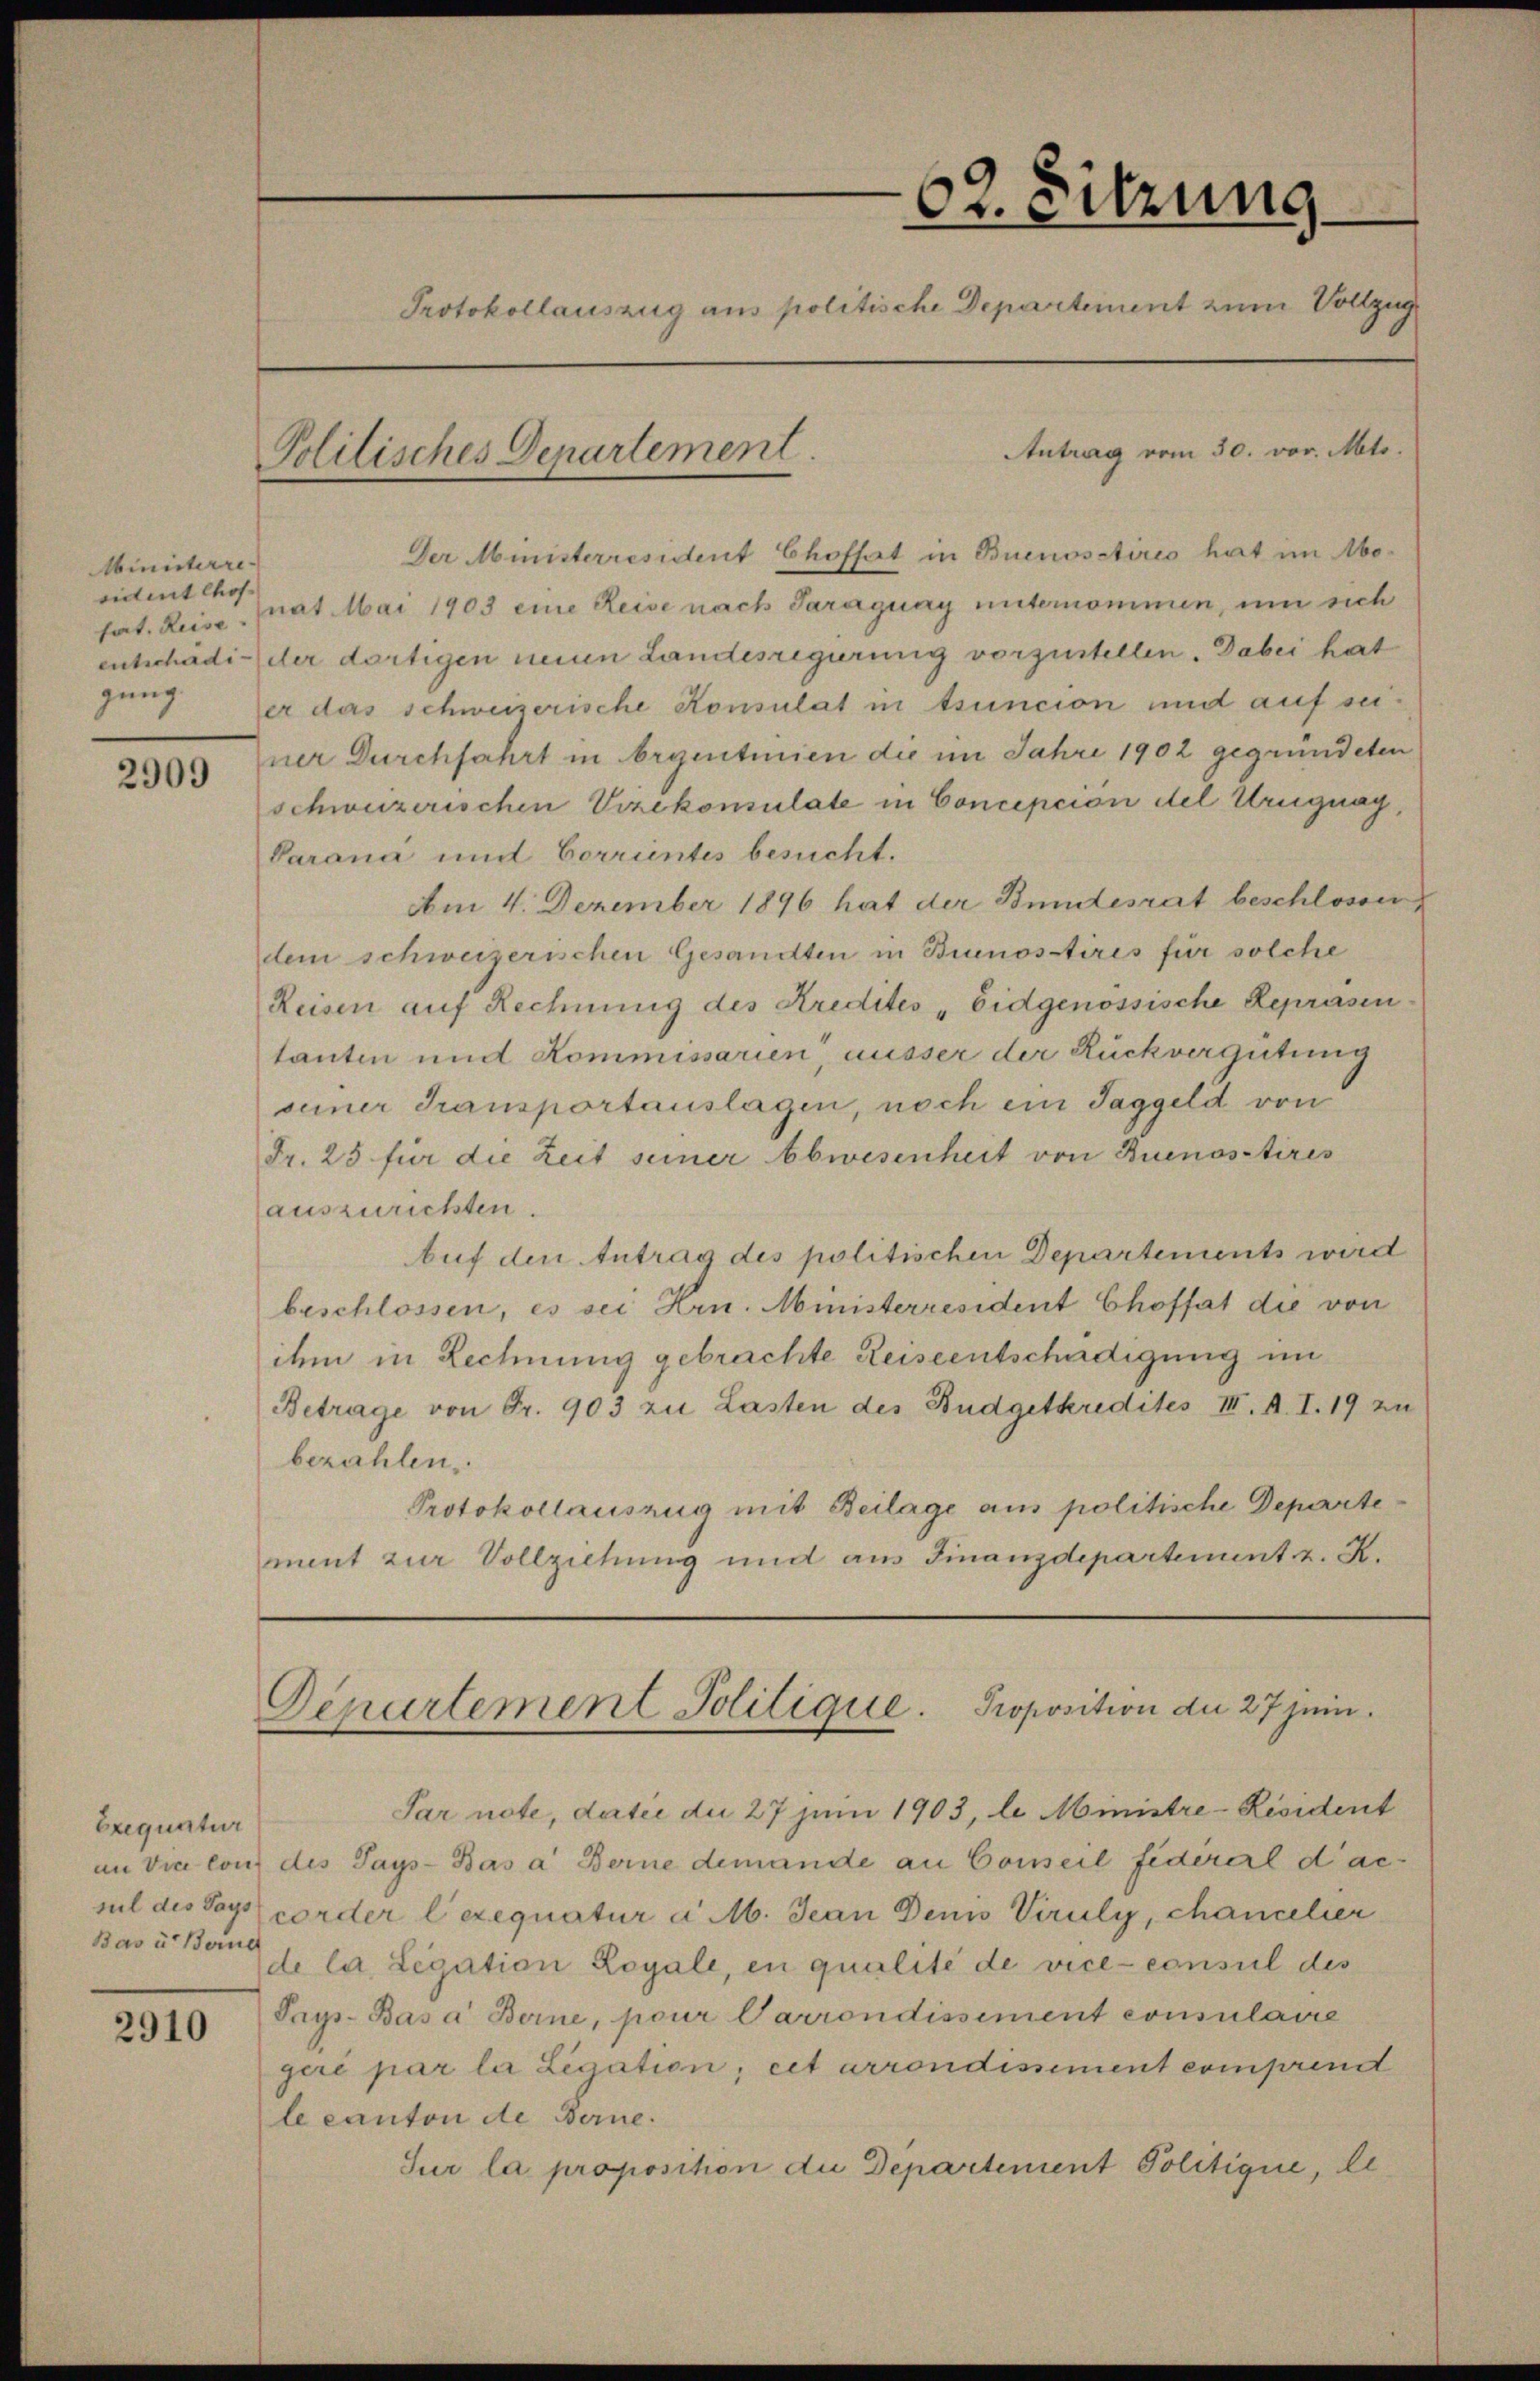
Ministerre
sident chos
gung.

2909

Exequatur
Bas u. Berne

2910

Der Ministerresident Choffet in Buenosetirés hat im Motat. Reise prat Mai 1903 eine Reise nach Saraguay unternommen, um sich
entschädi- der dortigen neuen Landesregierung vorzustellen. Dabei hat
er das schweizerische Konsulat in tsuncion und auf seiner Durchfahrt in Orgutinien die im Jahre 1902 gegründeten
schweizerischen Vizekonsulate in Conception del Uruguay,
Parana und Correntes besucht.
Am 4. Dezember 1896 hat der Bundesrat beschlossen
dem schweizerischen Gesandten in Brunostires für solche
Reisen auf Rechnung des Kredites „Eidgenössische Repräsen
tanten und Kommissarien, ausser der Rückvergütung
seiner Transportauslagen, noch ein Taggeld von
Fr. 25 für die Zeit seiner Abwesenheit von Buenosstires
auszurichten.
Auf den Antrag des politischen Departements wird
beschlossen, es sei Hrn. Ministerresident Choffet die von
ihm in Rechnung gebrachte Reiseentschädigung im
Betrage von Fr. 903 zu Lasten des Budgetkredites III. A. I. 19 zu
bezahlen.
Protokollauszug mit Beilage aus politische Departement zur Vollziehung und aus Finanzdepartement z. K.

62. Sitzung.
Protokollauszug aus politische Departement zum Vollzug
Antrag vom 30. vor. Mts.
Politisches Departement.

Denurtement Politique. Proposition du 27 jein.

Par note, datie die 27 Juni 1903, le Ministre-Resident
an Vice lon des Says-Bas a Berne demande an Conseil fédéral d’ac-
sul des Vogtcorder lexequatur a M. Jean Denis Viruly, chancelier
Ide la Legation Loyale, en qualité de vice-consul des
Trys. Basa Berne, pour Carrondissement consulaire
geri par la Legation, cet arrondissement comprend
le canton de Berne.
Jur la proposition die Departement Politique, Al